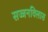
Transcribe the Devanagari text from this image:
सज्जनविलास